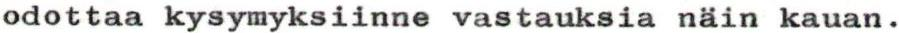
odottaa kysymyksiinne vastauksia näin kauan .